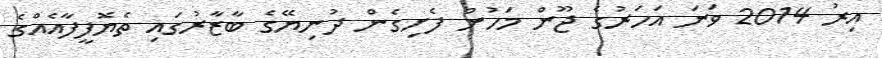
އިރު 2014 ވަނަ އަހަރުގެ ޖޫން މަހުން ފެށިގެން ދުނިޔޭގެ ބާޒާރުގައި ތެޔޮފީފާއެއްގެ